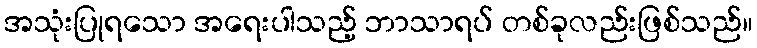
အသုံးပြုရသော အရေးပါသည့် ဘာသာရပ် တစ်ခုလည်းဖြစ်သည်။